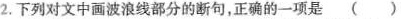
2.下列对文中画波浪线部分的断句，正确的一项是 （）